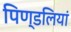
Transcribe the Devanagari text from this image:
पिण्डलियां